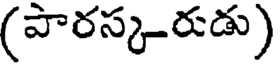
(పారస్క-రుడు)